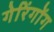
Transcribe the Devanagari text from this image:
गेरिंगोंग